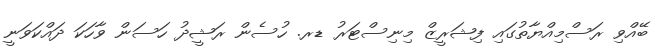
ބޭއްވި ރަސްމިއްޔާތުގައި ފިޝަރީޒް މިނިސްޓަރު ޑރ. ހުސެން ރަޝީދު ހަސަން ވާހަކަ ދައްކަވަނީ